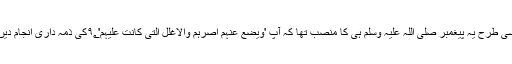
اسی طرح یہ پیغمبر صلی اللہ علیہ وسلم ہی کا منصب تھا کہ آپ 'وَیَضَعُ عَنْہُمْ اِصْرَہُمْ وَالْاَغْلٰلَ الَّتِیْ کَانَتْ عَلَیْْہِمْْ'۹؂کی ذمہ داری انجام دیں۔